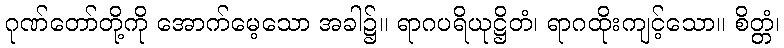
ဂုဏ်တော်တို့ကို အောက်မေ့သော အခါ၌။ ရာဂပရိယုဋ္ဌိတံ၊ ရာဂထိုးကျင့်သော။ စိတ္တံ၊